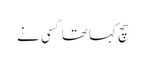
سچ کہا تھا کسی نے